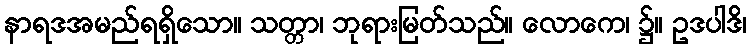
နာရဒအမည်ရရှိသော။ သတ္တာ၊ ဘုရားမြတ်သည်။ လောကေ၊ ၌။ ဥဒပါဒိ၊